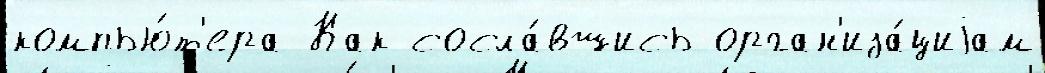
компью́т'ера Как сосла́вшись орган'иза́циjам